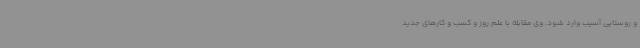
و روستایی آسیب وارد شود. وی مقابله با علم روز و کسب و کارهای جدید